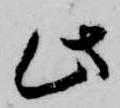
此